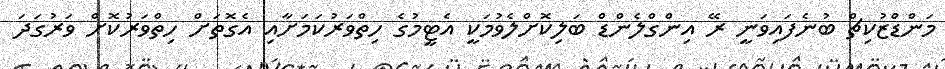
މަންޑްޒުކިޗް ބުނެފައިވަނީ ރޭ އިންގްލެންޑް ބަލިކޮށްލެވުމަކީ އެޓީމުގެ ހިތްވަރުކަމަށާއި އެގޮތަށް ހިތްވަރުކޮށް ވަރުގަދަ